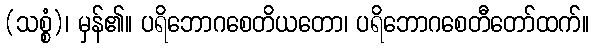
(သစ္စံ)၊ မှန်၏။ ပရိဘောဂစေတိယတော၊ ပရိဘောဂစေတီတော်ထက်။